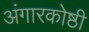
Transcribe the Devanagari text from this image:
अंगारकोष्ठी